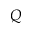
Q